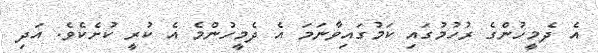
އެ ދެމީހުންގެ ރުހުމުގައި ކަމުގައިވާނަމަ އެ ދެމީހުންމެ އެ ކުރީ ކުށެކެވެ. އަދި